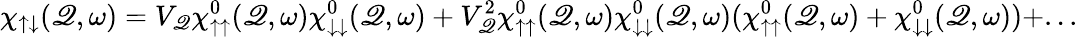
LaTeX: \chi_{\uparrow\downarrow}(\mathscr{Q},\omega)=V_{\mathscr{Q}}\chi_{\uparrow\uparrow}^{0}(\mathscr{Q},\omega)\chi_{\downarrow\downarrow}^{0}(\mathscr{Q},\omega)+V_{\mathscr{Q}}^{2}\chi_{\uparrow\uparrow}^{0}(\mathscr{Q},\omega)\chi_{\downarrow\downarrow}^{0}(\mathscr{Q},\omega)(\chi_{\uparrow\uparrow}^{0}(\mathscr{Q},\omega)+\chi_{\downarrow\downarrow}^{0}(\mathscr{Q},\omega))+...